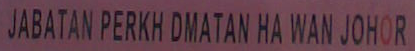
HABATAN PERKH DMATAN HA WAN JOHOR